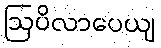
ဩပိလာပေယျ